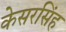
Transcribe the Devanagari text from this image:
केसरसिंह